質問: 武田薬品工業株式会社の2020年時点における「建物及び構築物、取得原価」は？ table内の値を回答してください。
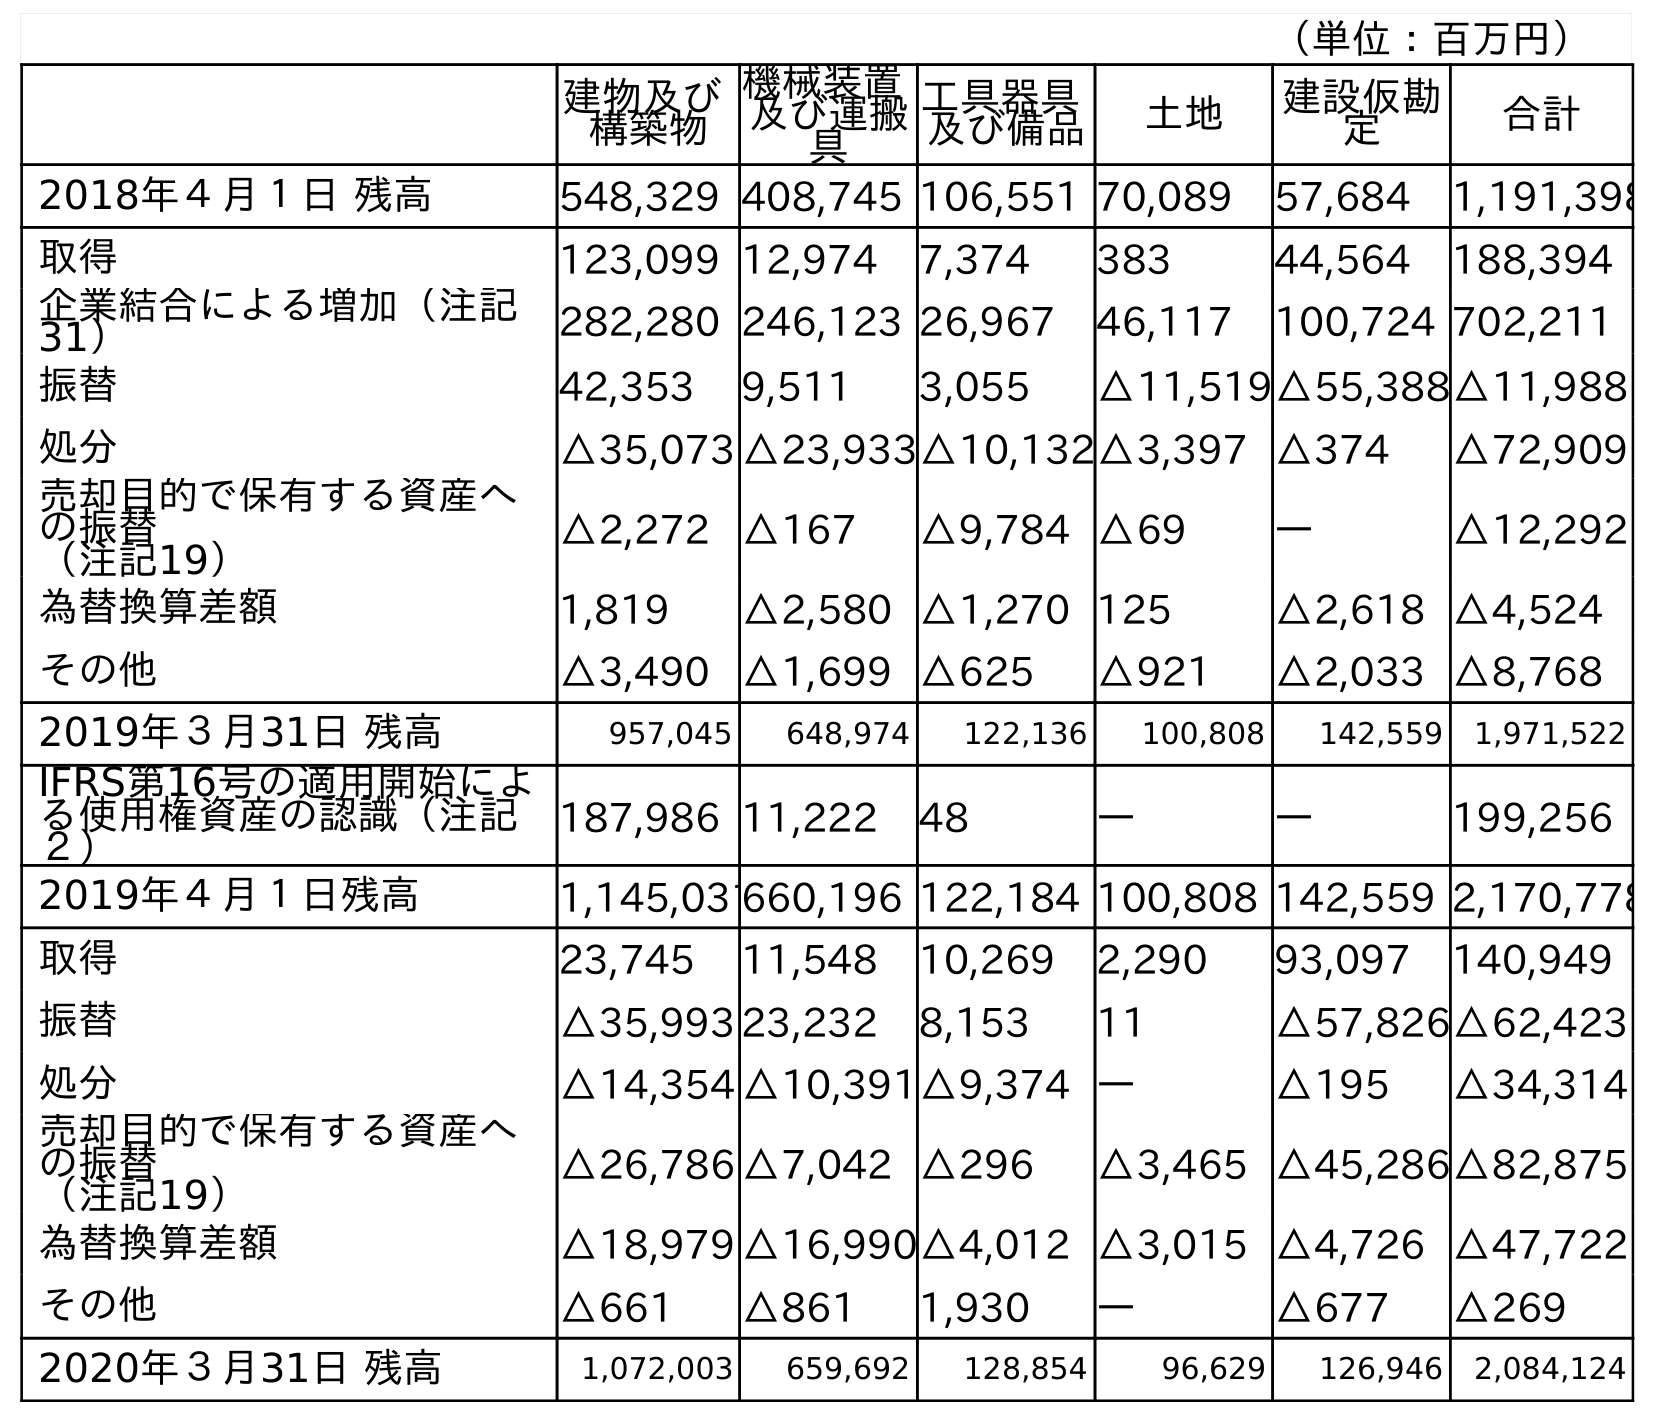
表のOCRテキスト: （単位：百万円） 建物及び 構築物 機械装置 及び運搬 具 工具器具 及び備品 土地 建設仮勘 定 合計 2018年４月１日 残高 548,329 408,745 106,551 70,089 57,684 1,191,398 取得 123,099 12,974 7,374 383 44,564 188,394 企業結合による増加（注記 31） 282,280 246,123 26,967 46,117 100,724 702,211 振替 42,353 9,511 3,055 △11,519△55,388△11,988 処分 △35,073 △23,933△10,132△3,397 △374 △72,909 売却目的で保有する資産へ の振替 （注記19） △2,272 △167 △9,784 △69 ― △12,292 為替換算差額 1,819 △2,580 △1,270 125 △2,618 △4,524 その他 △3,490 △1,699 △625 △921 △2,033 △8,768 2019年３月31日 残高 957,045 648,974 122,136 100,808 142,559 1,971,522 IFRS第16号の適用開始によ る使用権資産の認識（注記 ２） 187,986 11,222 48 ― ― 199,256 2019年４月１日残高 1,145,031660,196 122,184 100,808 142,559 2,170,778 取得 23,745 11,548 10,269 2,290 93,097 140,949 振替 △35,993 23,232 8,153 11 △57,826△62,423 処分 △14,354 △10,391△9,374 ― △195 △34,314 売却目的で保有する資産へ の振替 （注記19） △26,786 △7,042 △296 △3,465 △45,286△82,875 為替換算差額 △18,979 △16,990△4,012 △3,015 △4,726 △47,722 その他 △661 △861 1,930 ― △677 △269 2020年３月31日 残高 1,072,003 659,692 128,854 96,629 126,946 2,084,124
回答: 1,072,003